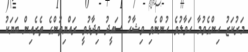
މަރުކަޒު ހިންގެވުމާ ހަވާލުވެ ހުންނެވި ވިޝާހު ސައީދު ވިދާޅުވީ ރައްޔިތުންގެ ތެރެއިން ބަޔަކު